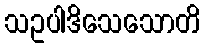
သဥပါဒိသေသောတိ